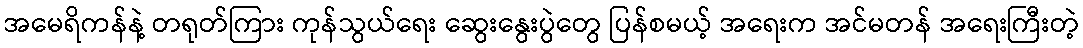
အမေရိကန်နဲ့ တရုတ်ကြား ကုန်သွယ်ရေး ဆွေးနွေးပွဲတွေ ပြန်စမယ့် အရေးက အင်မတန် အရေးကြီးတဲ့